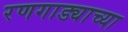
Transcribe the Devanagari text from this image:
रणगाड्याच्या